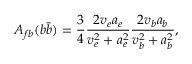
A _ { f b } ( b \bar { b } ) = \frac { 3 } { 4 } \frac { 2 v _ { e } a _ { e } } { v _ { e } ^ { 2 } + a _ { e } ^ { 2 } } \frac { 2 v _ { b } a _ { b } } { v _ { b } ^ { 2 } + a _ { b } ^ { 2 } } ,